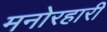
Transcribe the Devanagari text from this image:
मनोरहारी